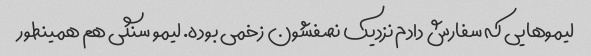
لیموهایی که سفارش دادم نزدیک نصفشون زخمی بوده. لیمو سنگی هم همینطور